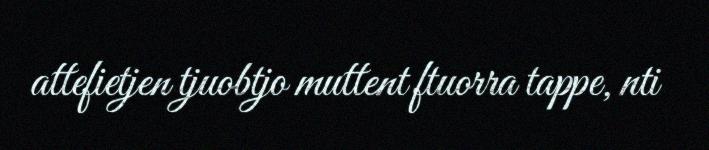
attefietjen tjuobtjo muttent ftuorra tappe, nti